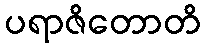
ပရာဇိတောတိ